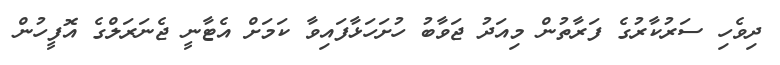
ދިވެހި ސަަރުކާރުގެ ފަރާތުން މިއަދު ޖަވާބު ހުށަހަޅާފައިވާ ކަމަށް އެޓާނީ ޖެނަރަލްގެ އޮފީހުން